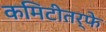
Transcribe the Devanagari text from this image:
कमिटीतर्फे